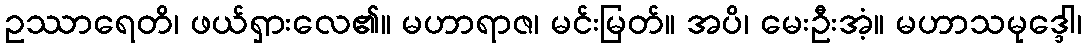
ဥဿာရေတိ၊ ဖယ်ရှားလေ၏။ မဟာရာဇ၊ မင်းမြတ်။ အပိ၊ မေးဦးအံ့။ မဟာသမုဒ္ဒေါ၊